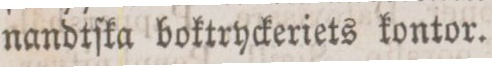
nandtſka boktryckeriets kontor.